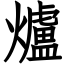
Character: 爐